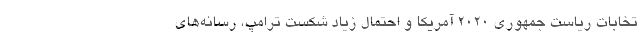
تخابات ریاست جمهوری ۲۰۲۰ آمریکا و احتمال زیاد شکست ترامپ، رسانه‌های